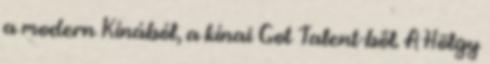
a modern Kínából, a kínai Got Talent-ből. A Hölgy